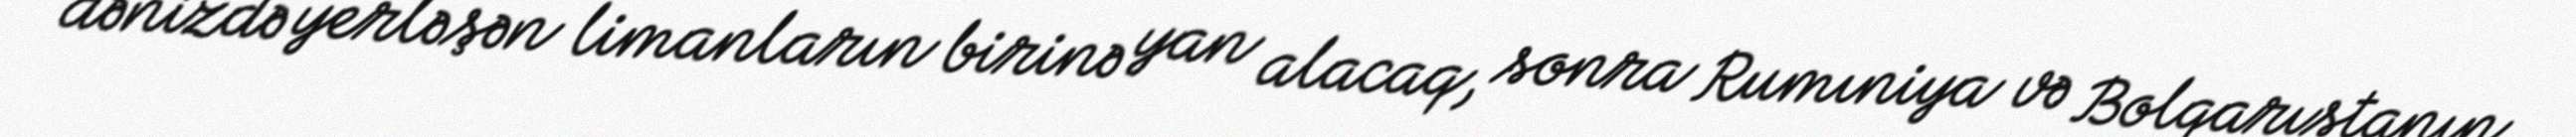
dənizdə yerləşən limanların birinə yan alacaq, sonra Rumıniya və Bolqarıstanın